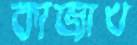
কাজাখ